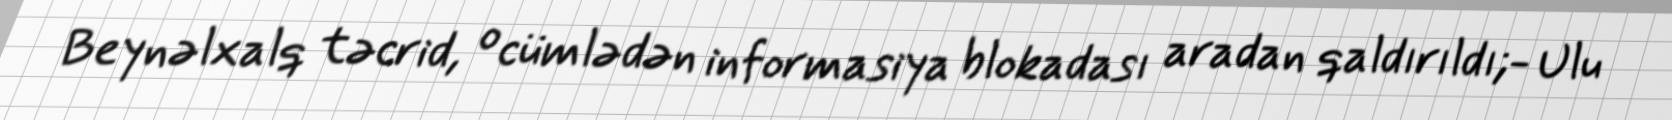
Beynəlxalq təcrid, o cümlədən informasiya blokadası aradan qaldırıldı;- Ulu